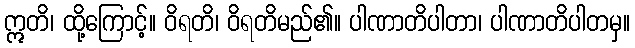
ဣတိ၊ ထို့ကြောင့်။ ဝိရတိ၊ ဝိရတိမည်၏။ ပါဏာတိပါတာ၊ ပါဏာတိပါတမှ။